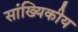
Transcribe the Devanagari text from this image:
सांख्‍यिकीय